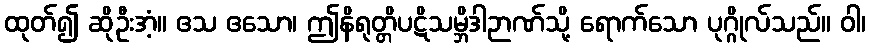
ထုတ်၍ ဆိုဦးအံ့။ ဧသ ဧသော၊ ဤနိရုတ္တိပဋိသမ္ဘိဒါဉာဏ်သို့ ရောက်သော ပုဂ္ဂိုလ်သည်။ ဝါ၊